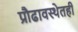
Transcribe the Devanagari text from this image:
प्रौढावस्थेतही